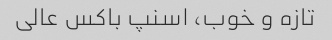
تازه و خوب، اسنپ باکس عالی